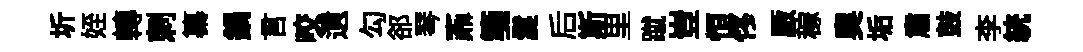
圻姪轉刺纂鍋言咬遺勾郤琴鼒箋鬘后斯里蹴豈恒佟厫稼奧垢肅鼓李統